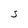
Character: S